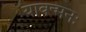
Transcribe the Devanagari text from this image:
यावन्मनः